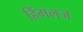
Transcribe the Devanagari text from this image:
हिंगलज